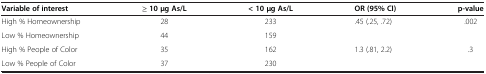
<table><thead><tr><td><b>Variable of interest</b></td><td><b>≥ 10 μg As/L</b></td><td><b>&lt; 10 μg As/L</b></td><td><b>OR (95% CI)</b></td><td><b>p-value</b></td></tr></thead><tbody><tr><td>High % Homeownership</td><td>28</td><td>233</td><td>.45 (.25, .72)</td><td>.002</td></tr><tr><td>Low % Homeownership</td><td>44</td><td>159</td><td> </td><td> </td></tr><tr><td>High % People of Color</td><td>35</td><td>162</td><td>1.3 (.81, 2.2)</td><td>.3</td></tr><tr><td>Low % People of Color</td><td>37</td><td>230</td><td> </td><td> </td></tr></tbody></table>